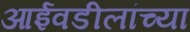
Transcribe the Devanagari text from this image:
आईवडीलांच्या